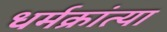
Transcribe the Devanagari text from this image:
धर्मक्रांत्या